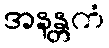
အနန္တကံ